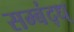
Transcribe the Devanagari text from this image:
सम्बंद्ध्